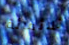
ثلاثمائة